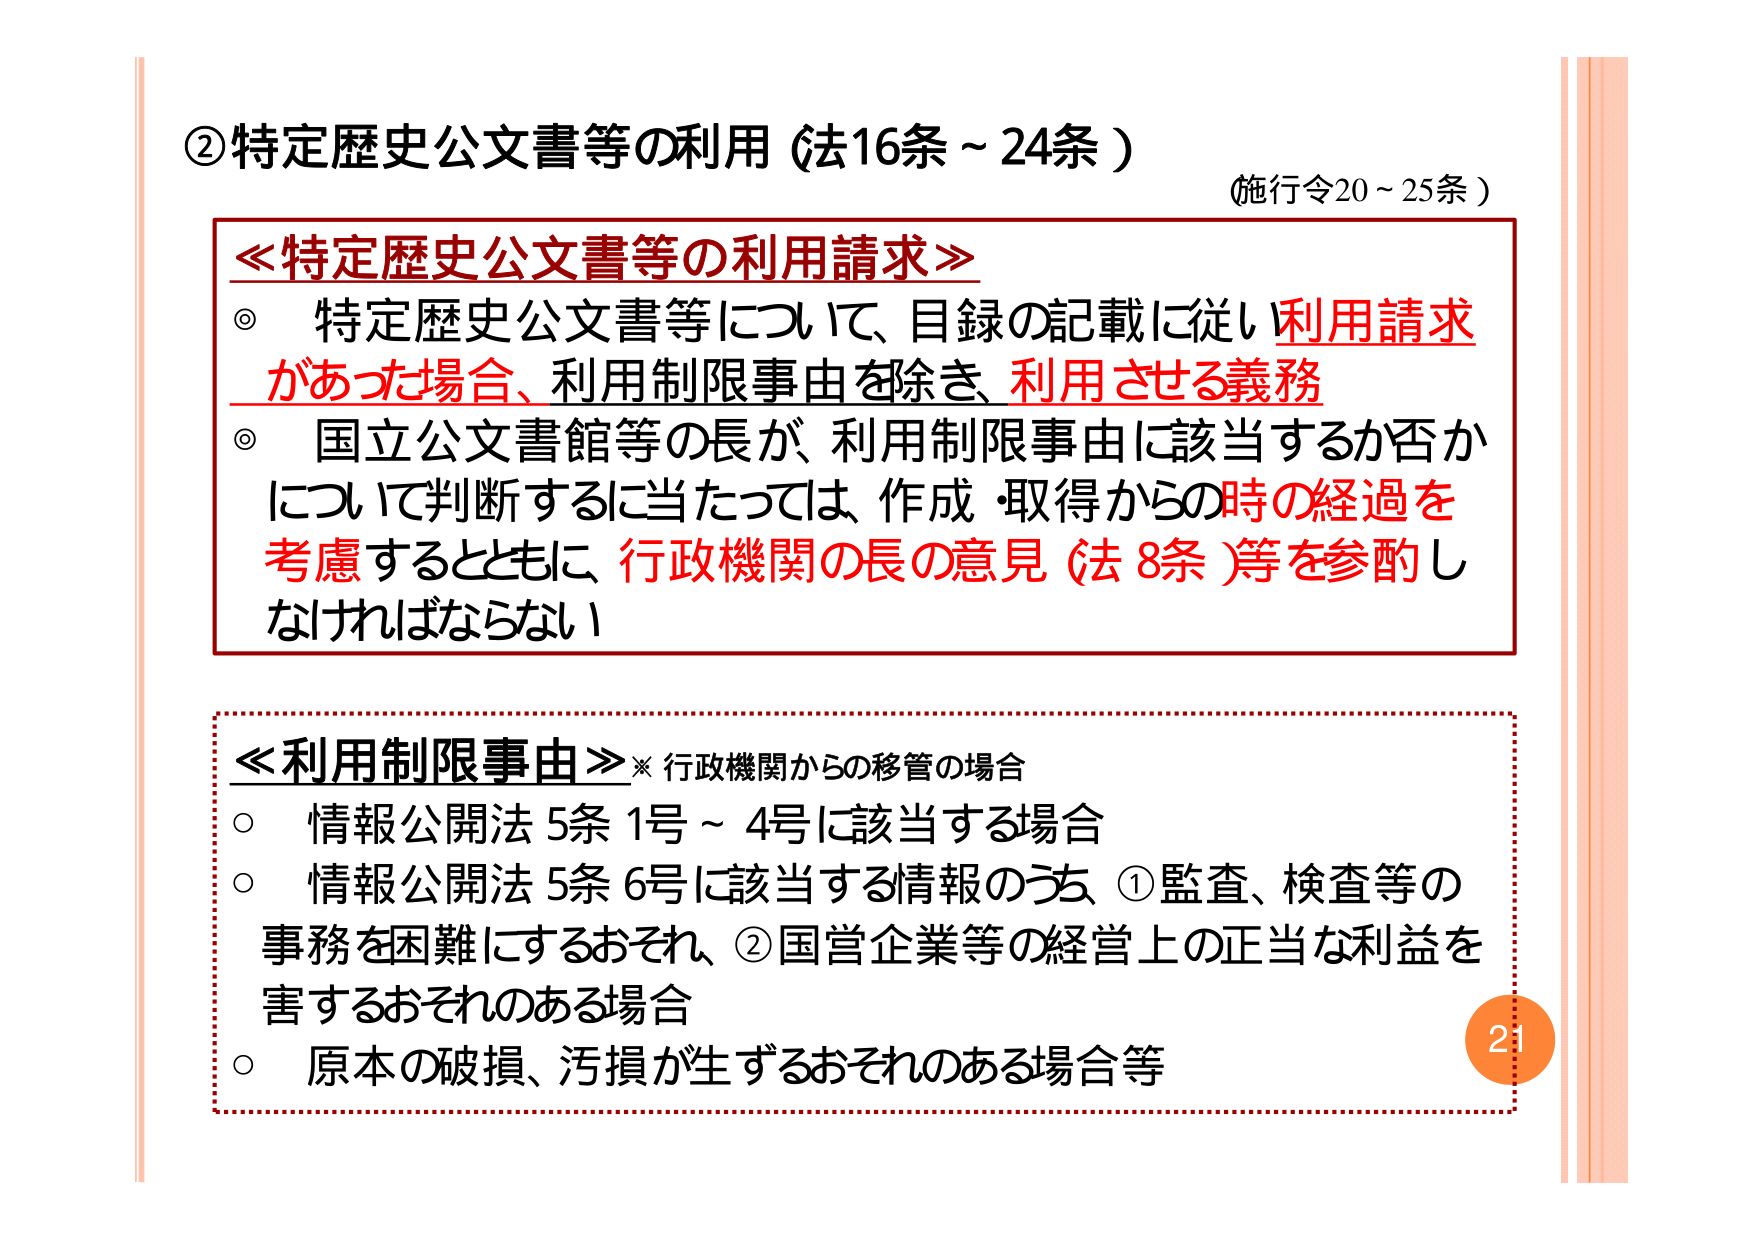
②特定歴史公文書等の利用（法16条～24条）
（施行令20～25条）

≪特定歴史公文書等の利用請求≫
◎ 特定歴史公文書等について、目録の記載に従い利用請求があった場合、利用制限事由を除き、利用させる義務
◎ 国立公文書館等の長が、利用制限事由に該当するか否かについて判断するに当たっては、作成・取得からの時の経過を考慮するとともに、行政機関の長の意見（法8条）等を参酌しなければならない

≪利用制限事由≫※ 行政機関からの移管の場合
○ 情報公開法5条1号～4号に該当する場合
○ 情報公開法5条6号に該当する情報のうち、①監査、検査等の事務を困難にするおそれ、②国営企業等の経営上の正当な利益を害するおそれのある場合
○ 原本の破損、汚損が生ずるおそれのある場合等

21